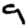
Digit: 9